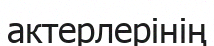
актерлерінің